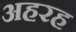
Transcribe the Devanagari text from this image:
अहरह